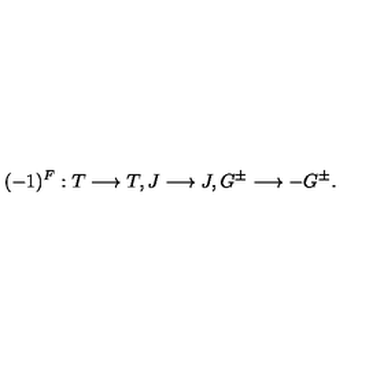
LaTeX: ( - 1 ) ^ { F } : T \longrightarrow T , J \longrightarrow J , G ^ { \pm } \longrightarrow - G ^ { \pm } .